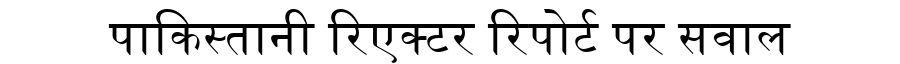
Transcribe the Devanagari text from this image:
पाकिस्तानी रिएक्टर रिपोर्ट पर सवाल